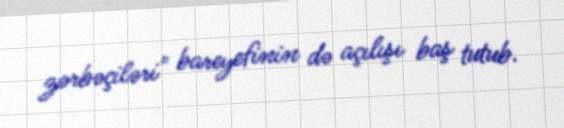
zərbəçiləri" bareyefinin də açılışı baş tutub.